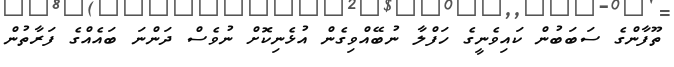
ތޫފާންގެ ސަބަބުން ކައިވެނީގެ ހަފްލާ ނުބޭއްވިގެން އުޅެނިކޮށް ނުވެސް ދަންނަ ބައެއްގެ ފަރާތުން